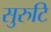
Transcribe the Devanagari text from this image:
सुरुटि